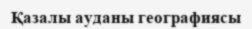
Қазалы ауданы географиясы